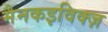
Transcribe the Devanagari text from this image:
मैनकइविक्ज़